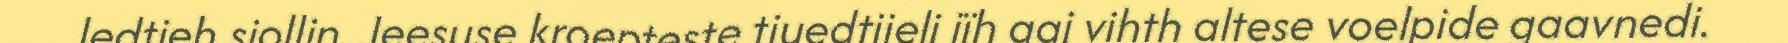
ledtieh sjollin. Jeesuse kroepteste tjuedtjieli jïh aaj vihth altese voelpide gaavnedi.